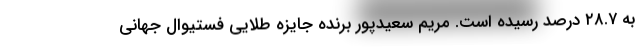
به ۲۸.۷ درصد رسیده است. مریم سعیدپور برنده جایزه طلایی فستیوال جهانی